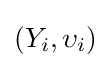
\left(Y_{i},\upsilon _{i}\right)